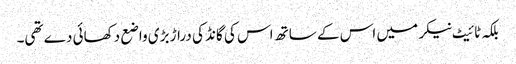
بلکہ ٹائیٹ نیکر میں اس کے ساتھ اس کی گانڈ کی دراڑ بڑی واضع دکھائی دے تھی۔